Civil Veterinary Dept. North-West Frontier Province 1901-22 - 1901-1922
Year: 1901
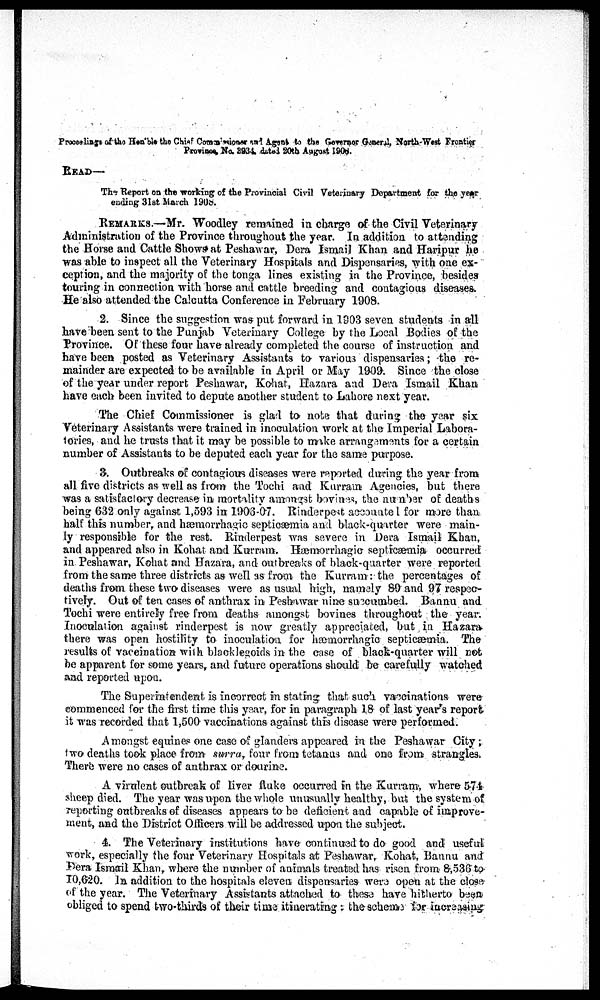
Proceedings of the Hon'ble the Chief Commissioner and Agent to the Governor General, North-West Frontier
Province, No. 3934, dated 20th August 1908.
READ—
The Report on the working of the Provincial Civil Veterinary Department for the year
ending 31st March 1908.
REMARKS.—Mr. Woodley remained in charge of the Civil Veterinary
Administration of the Province throughout the year. In addition to attending
the Horse and Cattle Shows at Peshawar, Dera Ismail Khan and Haripur he
was able to inspect all the Veterinary Hospitals and Dispensaries, with one ex-
ception, and the majority of the tonga lines existing in the Province, besides
touring in connection with horse and cattle breeding and contagious diseases.
He also attended the Calcutta Conference in February 1908.
2. Since the suggestion was put forward in 1903 seven students in all
have been sent to the Punjab Veterinary College by the Local Bodies of the
Province. Of these four have already completed the course of instruction and
have been posted as Veterinary Assistants to various dispensaries; the re-
mainder are expected to be available in April or May 1909. Since the close
of the year under report Peshawar, Kohat, Hazara and Dera Ismail Khan
have each been invited to depute another student to Lahore next year.
The Chief Commissioner is glad to note that during the year six
Veterinary Assistants were trained in inoculation work at the Imperial Labora-
tories, and he trusts that it may be possible to make arrangements far a certain
number of Assistants to be deputed each year for the same purpose.
3. Outbreaks of contagious diseases were reported during the year from
all five districts as well as from the Tochi and Kurram Agencies, but there
was a satisfactory decrease in mortality amongst bovines, the number of deaths
being 632 only against 1,593 in 1906-07. Rinderpest accounted for more than
half this number, and hæmorrhagic septicæmia and black-quarter were main-
ly responsible for the rest. Rinderpest was severe in Dera Ismail Khan,
and appeared also in Kohat and Kurram. Hæmorrhagic septicæmia occurred
in Peshawar, Kohat and Hazara, and outbreaks of black-quarter were reported
from the same three districts as well as from the Kurram: the percentages of
deaths from these two diseases were as usual high, namely 89 and 97 respec-
tively. Out of ten cases of anthrax in Peshawar nine succumbed. Bannu and
Tochi were entirely free from deaths amongst bovines throughout the year.
Inoculation against rinderpest is now greatly appreciated, but in Hazara
there was open hostility to inoculation for hæmorrhagic septicæmia. The
results of vaccination with blacklesgoids in the case of black-quarter will not
be apparent for some years, and future operations should be carefully watched
and reported upon.
The Superintendent is incorrect in stating that such vaccinations were
commenced for the first time this year, for in paragraph 18 of last year's report
it was recorded that 1,500 vaccinations against this disease were performed.
Amongst equines one case of glanders appeared in the Peshawar City;
two deaths took place from surra, four from tetanus and one from strangles.
There were no cases of anthrax or dourine.
A virulent outbreak of liver fluke occurred in the Kurram, where 574
sheep died. The year was upon the whole unusually healthy, but the system of
reporting outbreaks of diseases appears to be deficient and capable of improve-
ment, and the District Officers will be addressed upon the subject.
4. The Veterinary institutions have continued to do good and useful
work, especially the four Veterinary Hospitals at Peshawar, Kohat, Bannu and
Dera Ismail Khan, where the number of animals treated has risen from 8,530 to
10,620. In addition to the hospitals eleven dispensaries were open at the close
of the year. The Veterinary Assistants attached to these have hitherto been
obliged to spend two-thirds of their time itinerating: the scheme for increasing